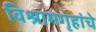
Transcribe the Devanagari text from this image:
विश्रामगृहांचे